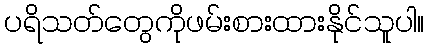
ပရိသတ်တွေကိုဖမ်းစားထားနိုင်သူပါ။